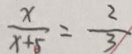
\frac { x } { x + 5 } = \frac { 2 } { 3 }